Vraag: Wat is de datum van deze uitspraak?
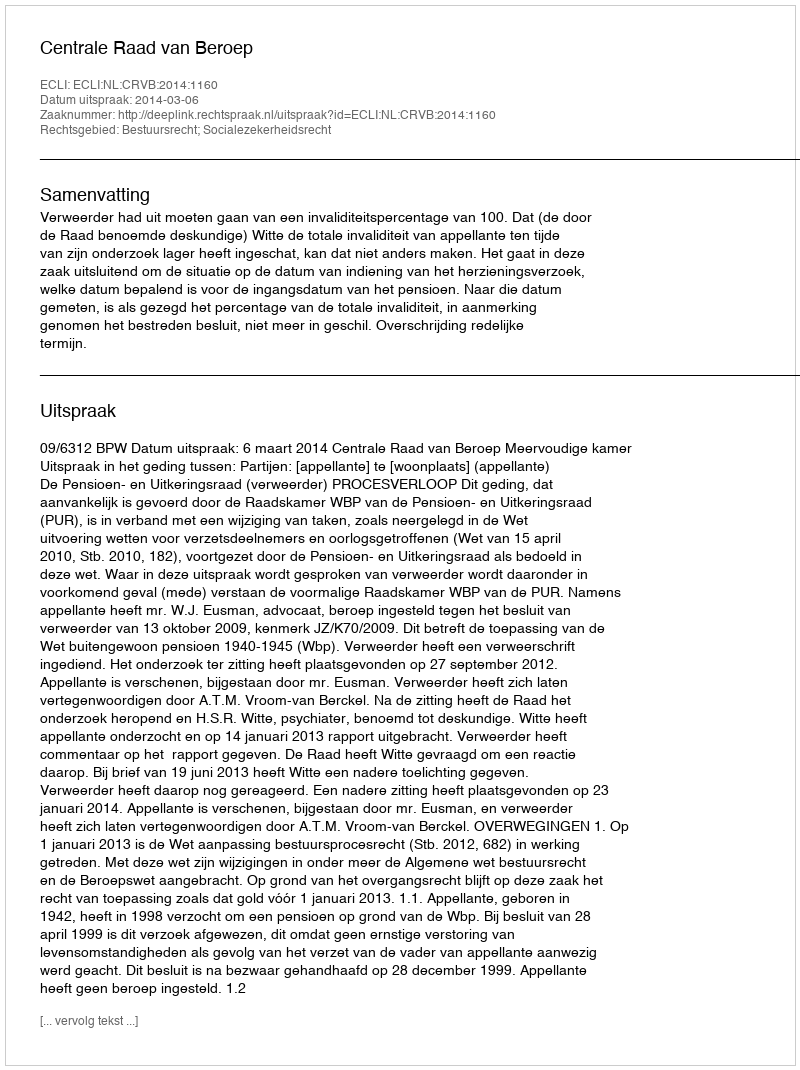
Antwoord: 2014-03-06